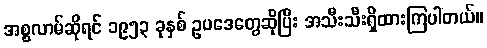
အစ္စလာမ်ဆိုရင် ၁၉၅၃ ခုနှစ် ဥပဒေတွေဆိုပြီး အသီးသီးရှိထားကြပါတယ်။